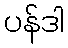
ပန်ဒါ